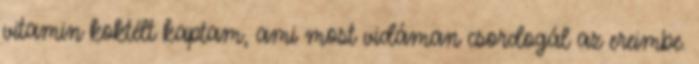
vitamin koktélt kaptam, ami most vidáman csordogál az ereimbe.